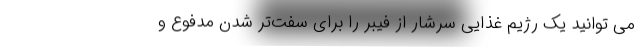
می توانید یک رژیم غذایی سرشار از فیبر را برای سفت‌تر شدن مدفوع و